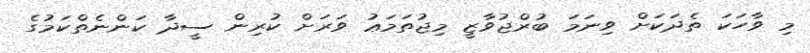
މި ވާހަކަ ތެދަކަށް ވިނަމަ ބުރްޖުވާޒީ މިޖުތަމަޢު ވަރަށް ކުރިން ސީދާ ކަންނެތްކަމުގެ